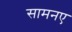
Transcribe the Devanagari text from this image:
सामनए